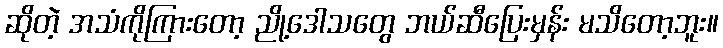
ဆိုတဲ့ အသံကိုကြားတော့ ညို့ဒေါသတွေ ဘယ်ဆီပြေးမှန်း မသိတော့ဘူး။